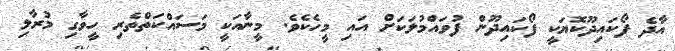
އާދެ ފޯކައިދޫކޮޔަކީ ފޯކައިދޫން ފުވައްމުލަކަށް އައި މީހެކެވެ. މީނާއަކީ މަސައްކަތްތެރި ހީވާގި މުރާލި